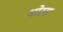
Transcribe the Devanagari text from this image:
भोरस